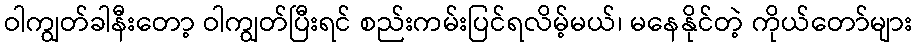
ဝါကျွတ်ခါနီးတော့ ဝါကျွတ်ပြီးရင် စည်းကမ်းပြင်ရလိမ့်မယ်၊ မနေနိုင်တဲ့ ကိုယ်တော်များ